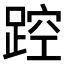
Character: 𲃮